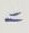
=